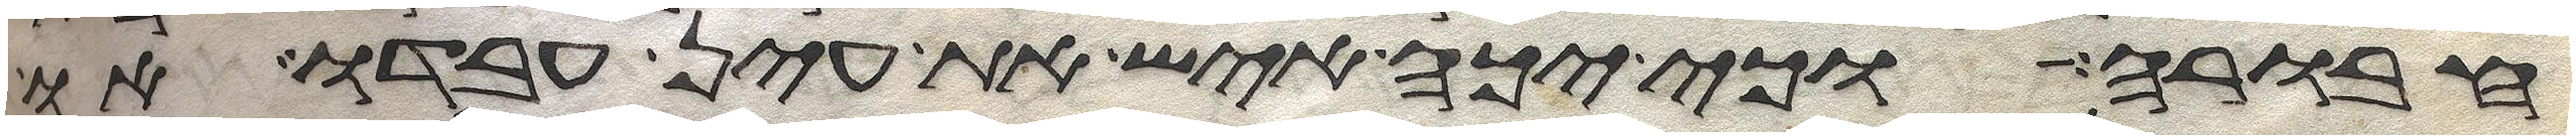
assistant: חבורה וכי יכה איש את עין עבדו או